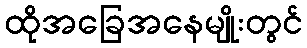
ထိုအခြေအနေမျိုးတွင်